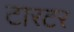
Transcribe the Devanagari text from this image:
टारटर